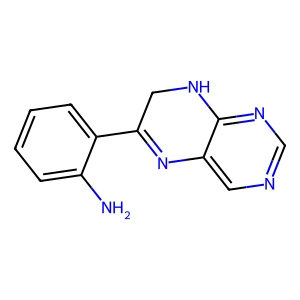
SMILES: Nc1ccccc1C1=Nc2cncnc2NC1
Inhibits HIV replication: No